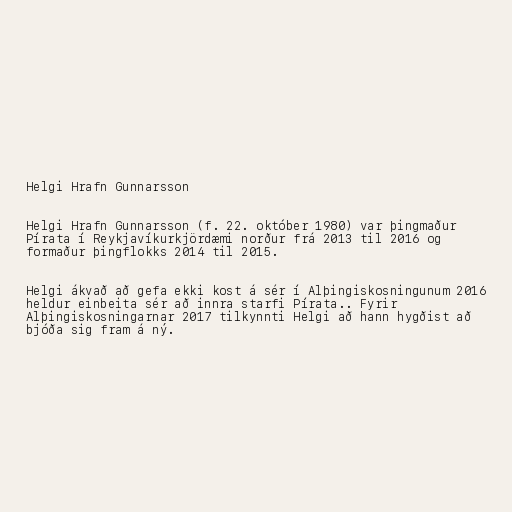
Helgi Hrafn Gunnarsson

Helgi Hrafn Gunnarsson (f. 22. október 1980) var þingmaður
Pírata í Reykjavíkurkjördæmi norður frá 2013 til 2016 og
formaður þingflokks 2014 til 2015.

Helgi ákvað að gefa ekki kost á sér í Alþingiskosningunum 2016
heldur einbeita sér að innra starfi Pírata.. Fyrir
Alþingiskosningarnar 2017 tilkynnti Helgi að hann hygðist að
bjóða sig fram á ný.